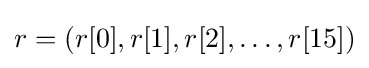
r=(r[0],r[1],r[2],\dotsc ,r[15])